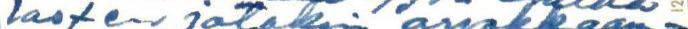
lasten jotakin arvokkaam-